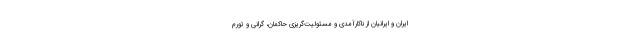
ایران و ایرانیان از ناکارآمدی و مسئولیت‌گریزی حاکمان، گرانی و تورم